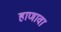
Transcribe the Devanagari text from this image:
हाणावा